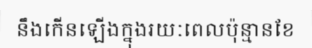
នឹងកើនឡើងក្នុងរយៈពេលប៉ុន្មានខែ